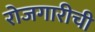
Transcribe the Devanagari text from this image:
रोजगारीची